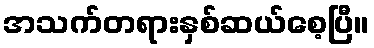
အသက်တရားနှစ်ဆယ်စေ့ပြီ။